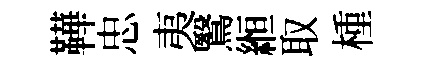
鞾忠夷鷖縆取㮔